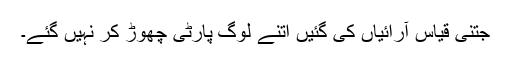
جتنی قیاس آرائیاں کی گئیں اتنے لوگ پارٹی چھوڑ کر نہیں گئے۔